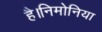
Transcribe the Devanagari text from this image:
है।निमोनिया